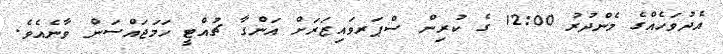
އެދުވަހެއްގެ މެންދުރު 12:00 ގެ ކުރިން ސްޕަރވައިޒަރަށް އަންގާ ޗުއްޓީ ހަމަޖައްސަން ވާނެއެވެ.